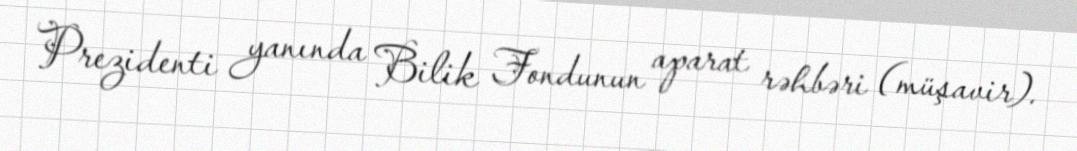
Prezidenti yanında Bilik Fondunun aparat rəhbəri (müşavir).